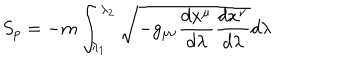
S _ { p } = - m \int _ { \lambda _ { 1 } } ^ { \lambda _ { 2 } } \sqrt { - g _ { \mu \nu } \frac { d x ^ { \mu } } { d \lambda } \frac { d x ^ { \nu } } { d \lambda } } d \lambda